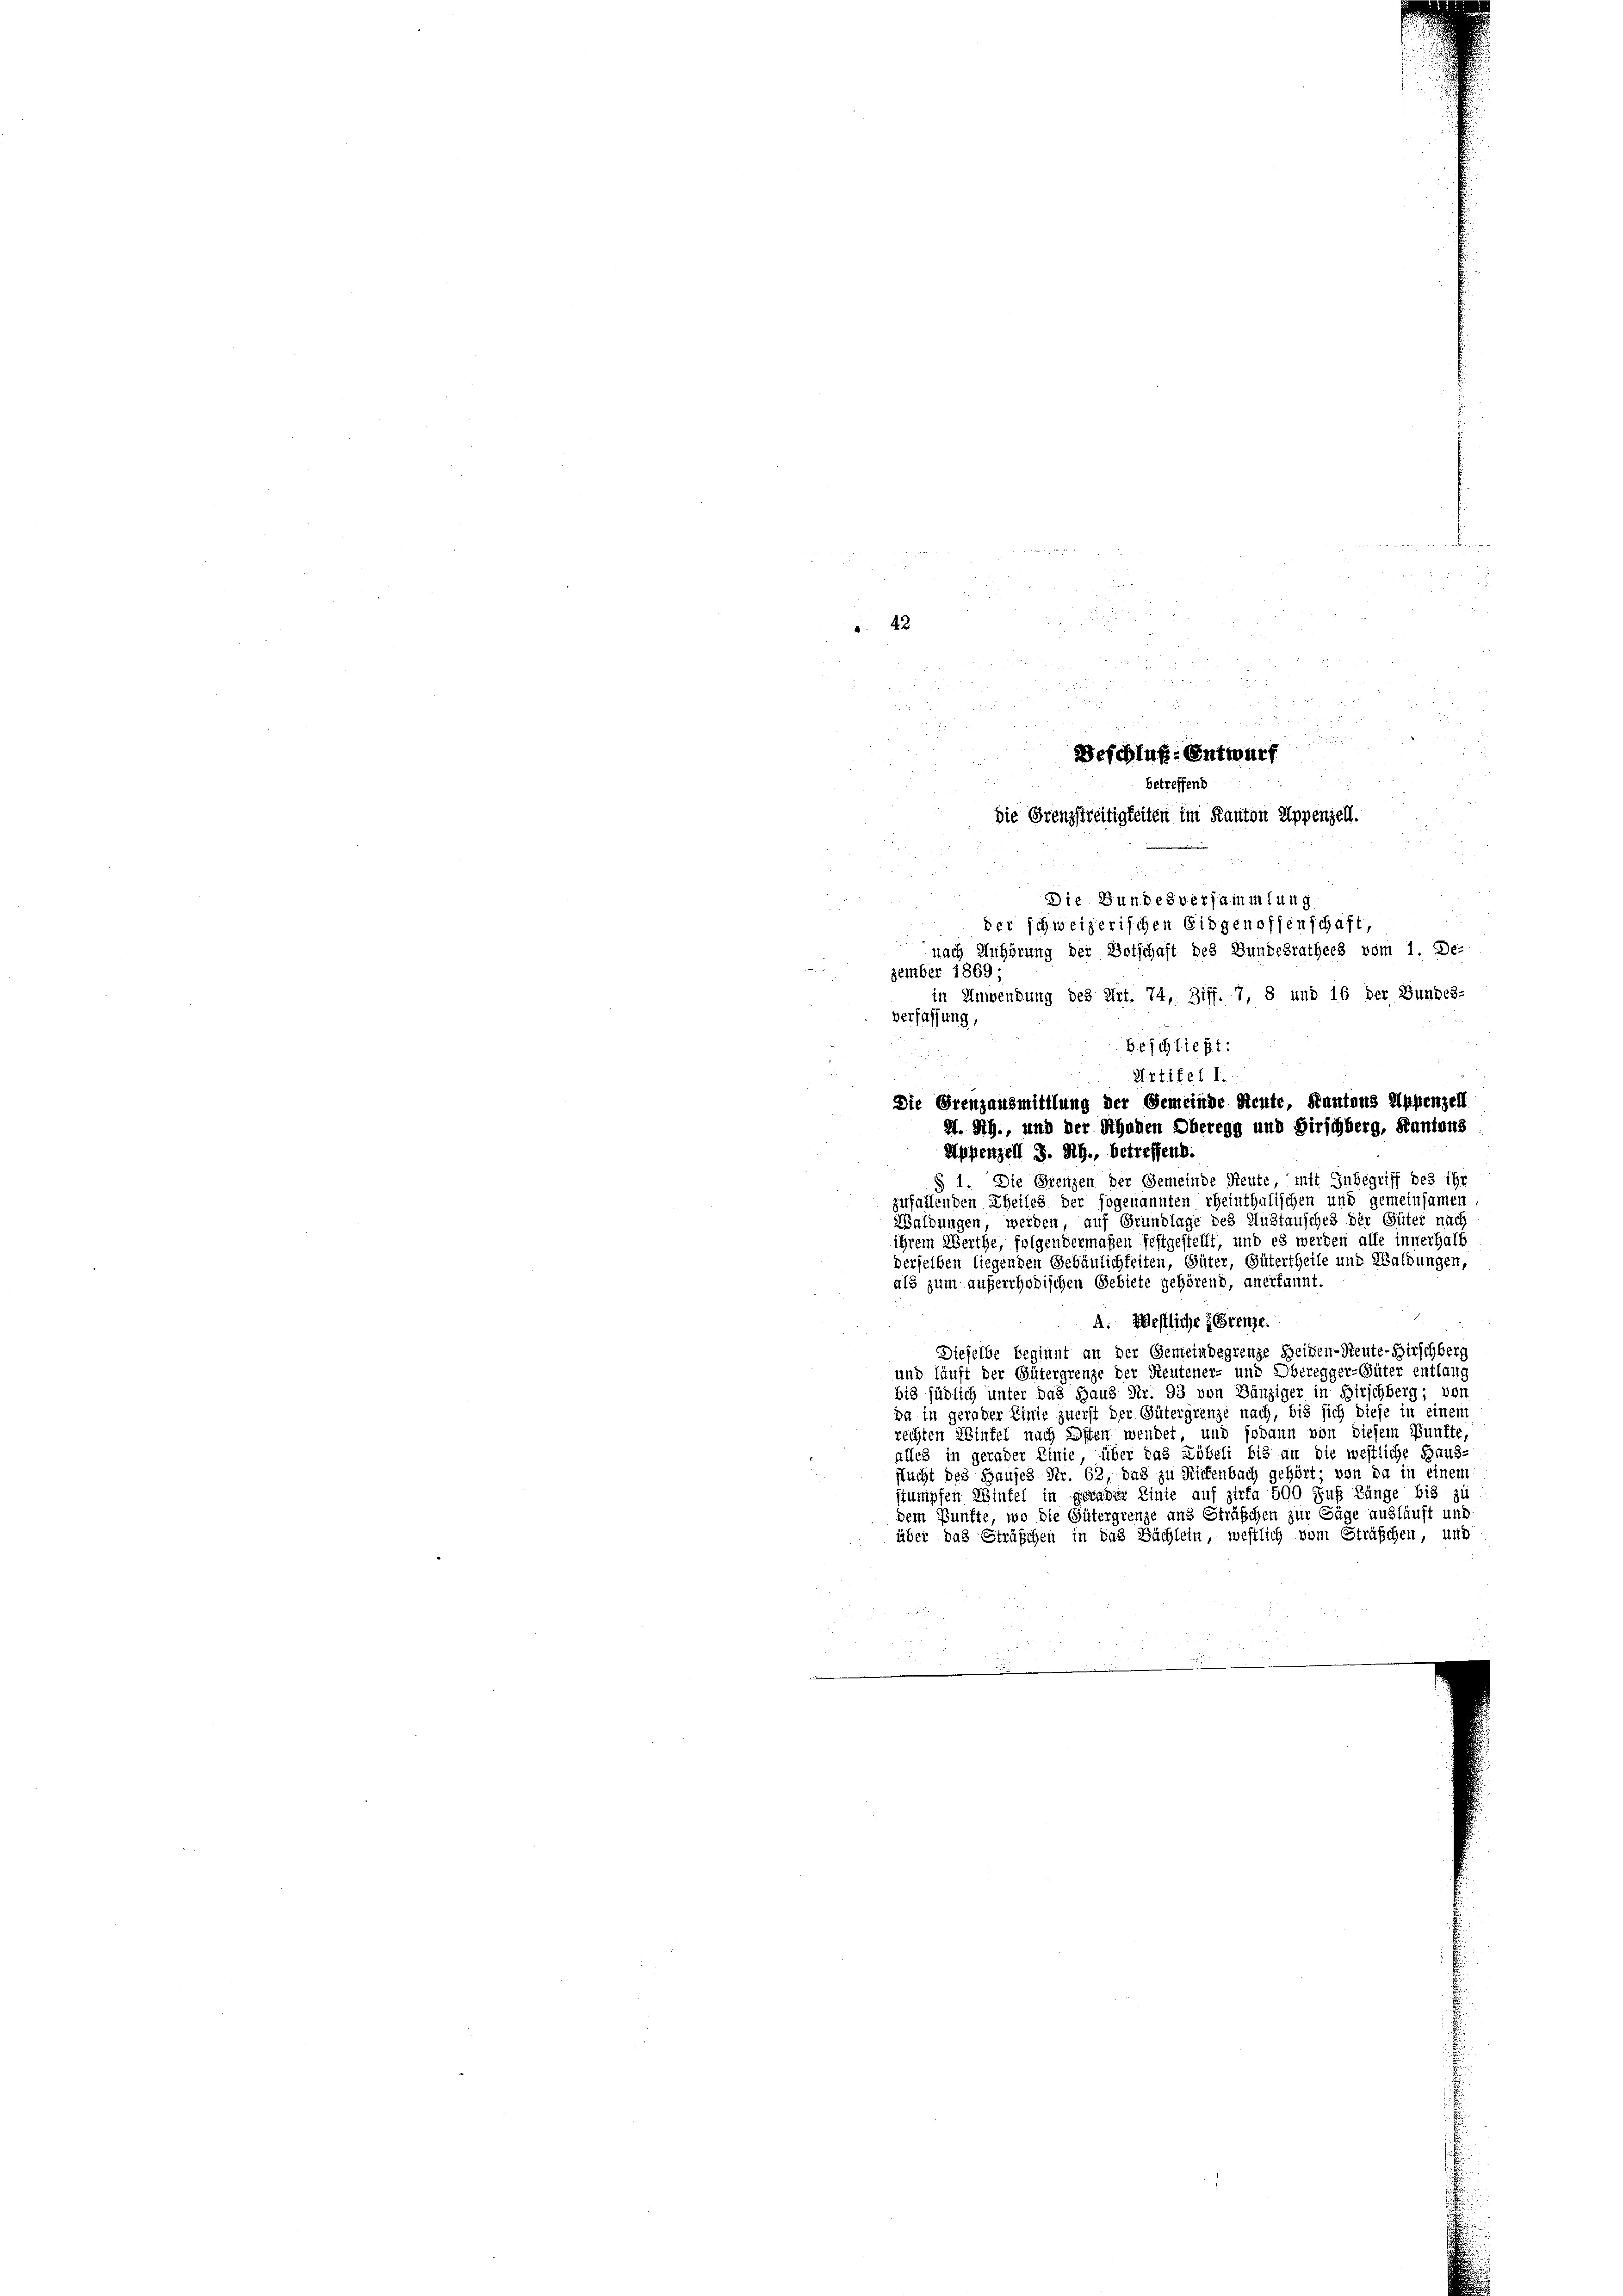
22

§ 1. Die Grenzen der Gemeinde Reute, mit Inbegriff des ihr
zufallenden Theiles der sogenannten rheinthalischen und gemeinsamen
Waldungen, werden, auf Grundlage des Mustausches der Güter nach
ihrem Werthe, folgendermaßen festgestellt, und es werden alle innerhalb
derselben liegenden Gebäulichkeiten, Güter, Gütertheile und Waldungen,
als zum auferrhodischen Gebiete gehörend, anerkannt.
A. Westliche Grenze.
Dieselbe beginnt an der Gemeindegrenze Heiden-Reute-Hirschberg
und läuft der Gütergrenze der Reutener- und Oberegger-Güter entlang
bis südlich unter das Haus Nr. 93 von Bänziger in Birschberg; von
da in gerader Linie zuerst der Gütergrenze nach, bis sich diese in einem
rechten Wintel nach Osten wendet, und sodann von diesem Punkte,
alles in gerader Linie, über das Löbeli bis an die westliche Haus-
flucht des Hauses Nr. 62, das zu Rittenbach gehört; von da in einem
stumpfen Wintel in gerader Linie auf zirka 500 Fuß Länge bis zu
dem Punkte, wo die Gütergrenze ans Sträßchen zur Säge ausläuft und
über das Sträßchen in das Sächlein, westlich vom Sträßchen, und

Die Bundesversammlung
der schweizerischen Eidgenossenschaft,
nach Anhörung der Botschaft des Bundesrathes vom 1. De-

zember 1869;
in Anwendung des Art. 74, Ziff. 7, 8 und 16 der Bundes-
verfassung,

2
2

84 287

Beschluß-Entwurf
betreffend
die Grenzstreitigkeiten im Kanton Appenzell.

s

Beschließt:
Artikel I.
Die Grenzausmittlung der Gemeinde Reute, Kantons Appenzell
M. Rh., und der Schaden Oberegg und Hirschberg, Kantons
Appenzell S. StG., betreffend.